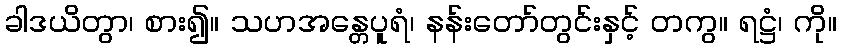
ခါဒယိတွာ၊ စား၍။ သဟအန္တေပူရံ၊ နန်းတော်တွင်းနှင့် တကွ။ ရဋ္ဌံ၊ ကို။